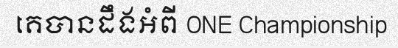
គេបានដឹងអំពី ONE Championship